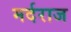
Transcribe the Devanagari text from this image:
मर्दराज